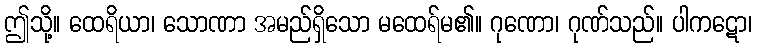
ဤသို့။ ထေရိယာ၊ သောဏာ အမည်ရှိသော မထေရ်မ၏။ ဂုဏော၊ ဂုဏ်သည်။ ပါကဋော၊